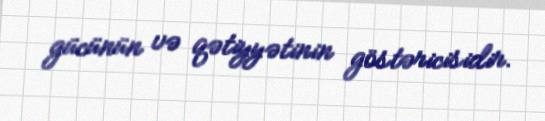
gücünün və qətiyyətinin göstəricisidir.